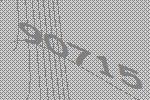
90715